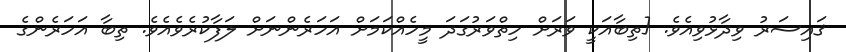
ޤައިސަރު ވިދާޅުވިއެވެ. [ތިބާއަކީ ވަރަށް ހިތްވަރުގަދަ މީހެއްކަމަށް އަހަރެންނަށް ލަފާކުރެވެއެވެ. ތިބާ އަހަރެންގެ